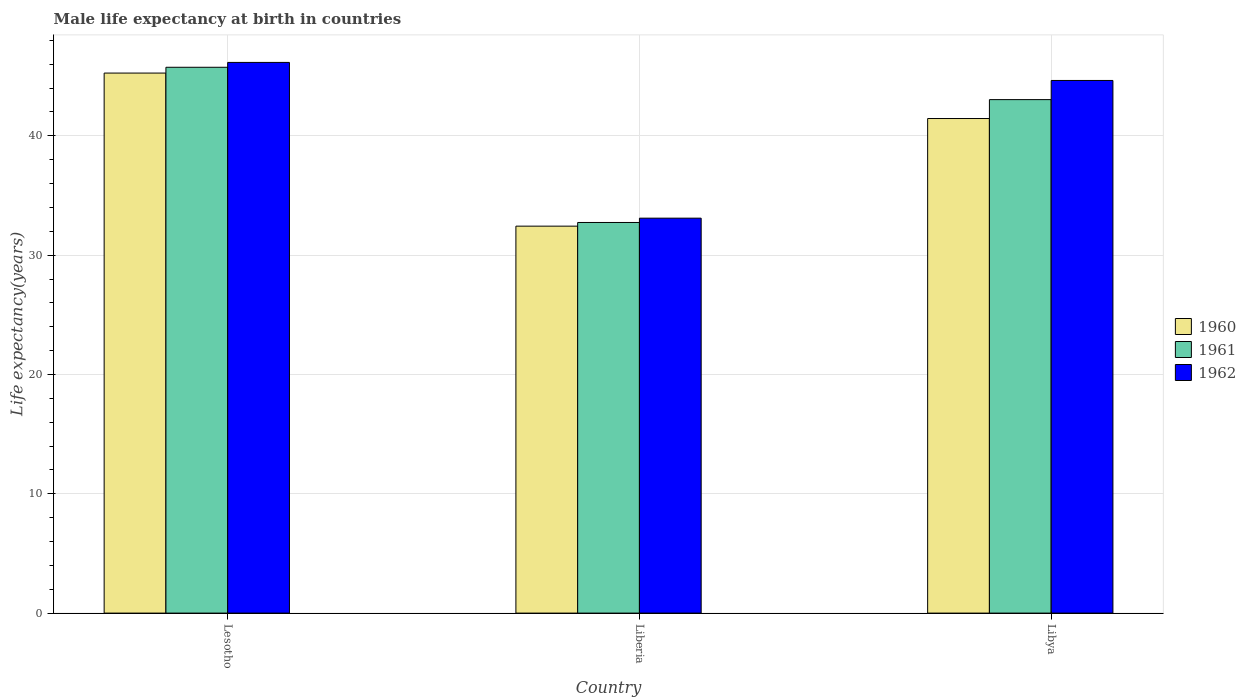
| Country | 1960 | 1961 | 1962 |
 | --- | --- | --- | --- |
 | Lesotho | 45.3 | 45.7 | 46.2 |
 | Liberia | 32.4 | 32.7 | 33.1 |
 | Libya | 41.4 | 43 | 44.6 |